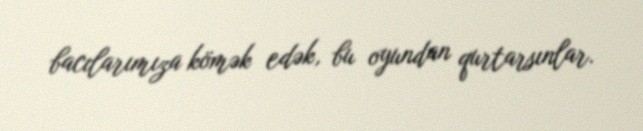
bacılarımıza kömək edək, bu oyundan qurtarsınlar.